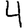
Digit: 4